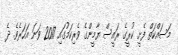
މަސައްކަތް ފެށީ ކުރީގެ ރައީސް ޔާމީންގެ ވެރިކަމުގައި 2017 ވަނަ އަހަރެވެ. ދެ